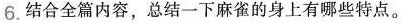
6.结合全篇内容，总结一下麻雀的身上有哪些特点。